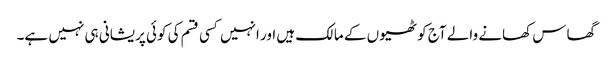
گھاس کھانے والے آج کوٹھیوں کے مالک ہیں اور انہیں کسی قسم کی کوئی پریشانی ہی نہیں ہے۔